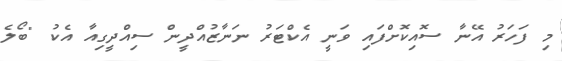
މި ފަހަރު އޭނާ ސޮއިކޮށްފައި ވަނީ އެކްޓަރު ނަނާޒުއްދީން ސިއްދީގިއާ އެކު "ބޯލެ